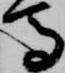
馬